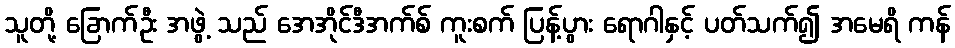
သူတို့ ခြောက်ဦး အဖွဲ့ သည် အေအိုင်ဒီအက်စ် ကူးစက် ပြန့်ပွား ရောဂါနှင့် ပတ်သက်၍ အမေရိ ကန်